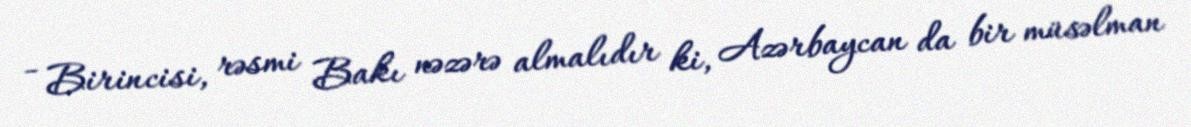
- Birincisi, rəsmi Bakı nəzərə almalıdır ki, Azərbaycan da bir müsəlman